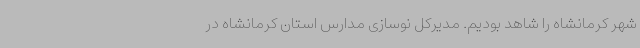
شهر کرمانشاه را شاهد بودیم. مدیرکل نوسازی مدارس استان کرمانشاه در